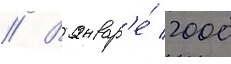
// В январ'е́ 2000